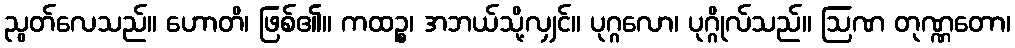
ညွတ်လေသည်။ ဟောတိ၊ ဖြစ်၏။ ကထဉ္စ၊ အဘယ်သို့လျှင်။ ပုဂ္ဂလော၊ ပုဂ္ဂိုလ်သည်။ ဩဏ တုဏ္ဏတော၊